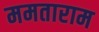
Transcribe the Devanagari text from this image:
ममताराम